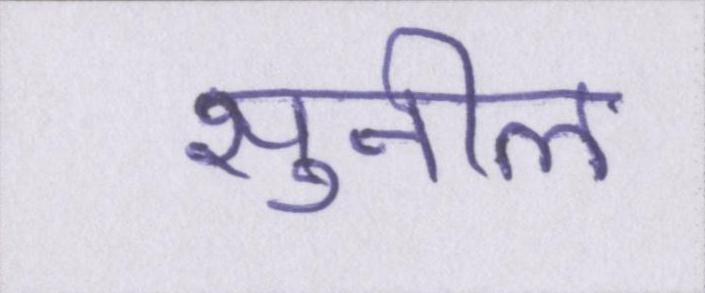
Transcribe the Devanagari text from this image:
सुनील